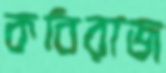
কবিরাজ